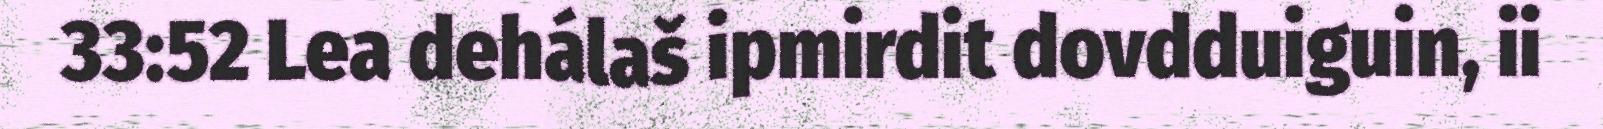
33:52 Lea dehálaš ipmirdit dovdduiguin, ii